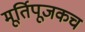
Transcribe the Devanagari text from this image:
मूर्तिपूजकच